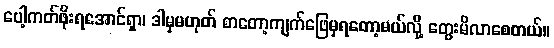
ပေါ့ကတ်ဖိုးရအောင်ရှာ၊ ဒါမှမဟုတ် စာတော့ကျက်ဖြေမှရတော့မယ်လို့ တွေးမိလာစေတယ်။